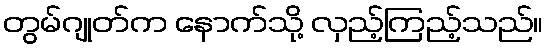
တွမ်ဂျုတ်က နောက်သို့ လှည့်ကြည့်သည်။